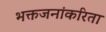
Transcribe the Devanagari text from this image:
भक्तजनांकरिता